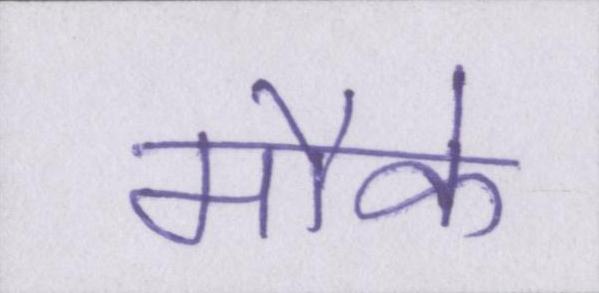
मौके